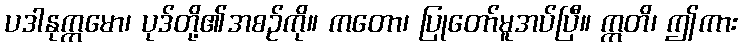
ပဒါနုက္ကမော၊ ပုဒ်တို့၏အစဉ်ကို။ ကတော၊ ပြုတော်မူအပ်ပြီ။ ဣတိ၊ ဤကား